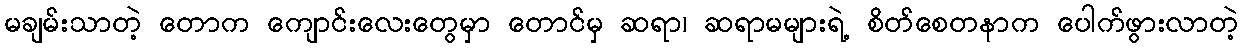
မချမ်းသာတဲ့ တောက ကျောင်းလေးတွေမှာ တောင်မှ ဆရာ၊ ဆရာမများရဲ့ စိတ်စေတနာက ပေါက်ဖွားလာတဲ့